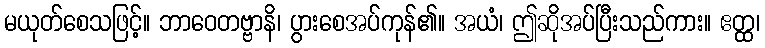
မယုတ်စေသဖြင့်။ ဘာဝေတဗ္ဗာနိ၊ ပွားစေအပ်ကုန်၏။ အယံ၊ ဤဆိုအပ်ပြီးသည်ကား။ ဧတ္ထ၊